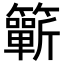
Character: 𥷋